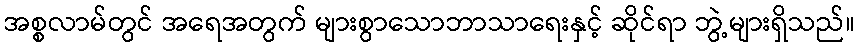
အစ္စလာမ်တွင် အရေအတွက် များစွာသောဘာသာရေးနှင့် ဆိုင်ရာ ဘွဲ့များရှိသည်။